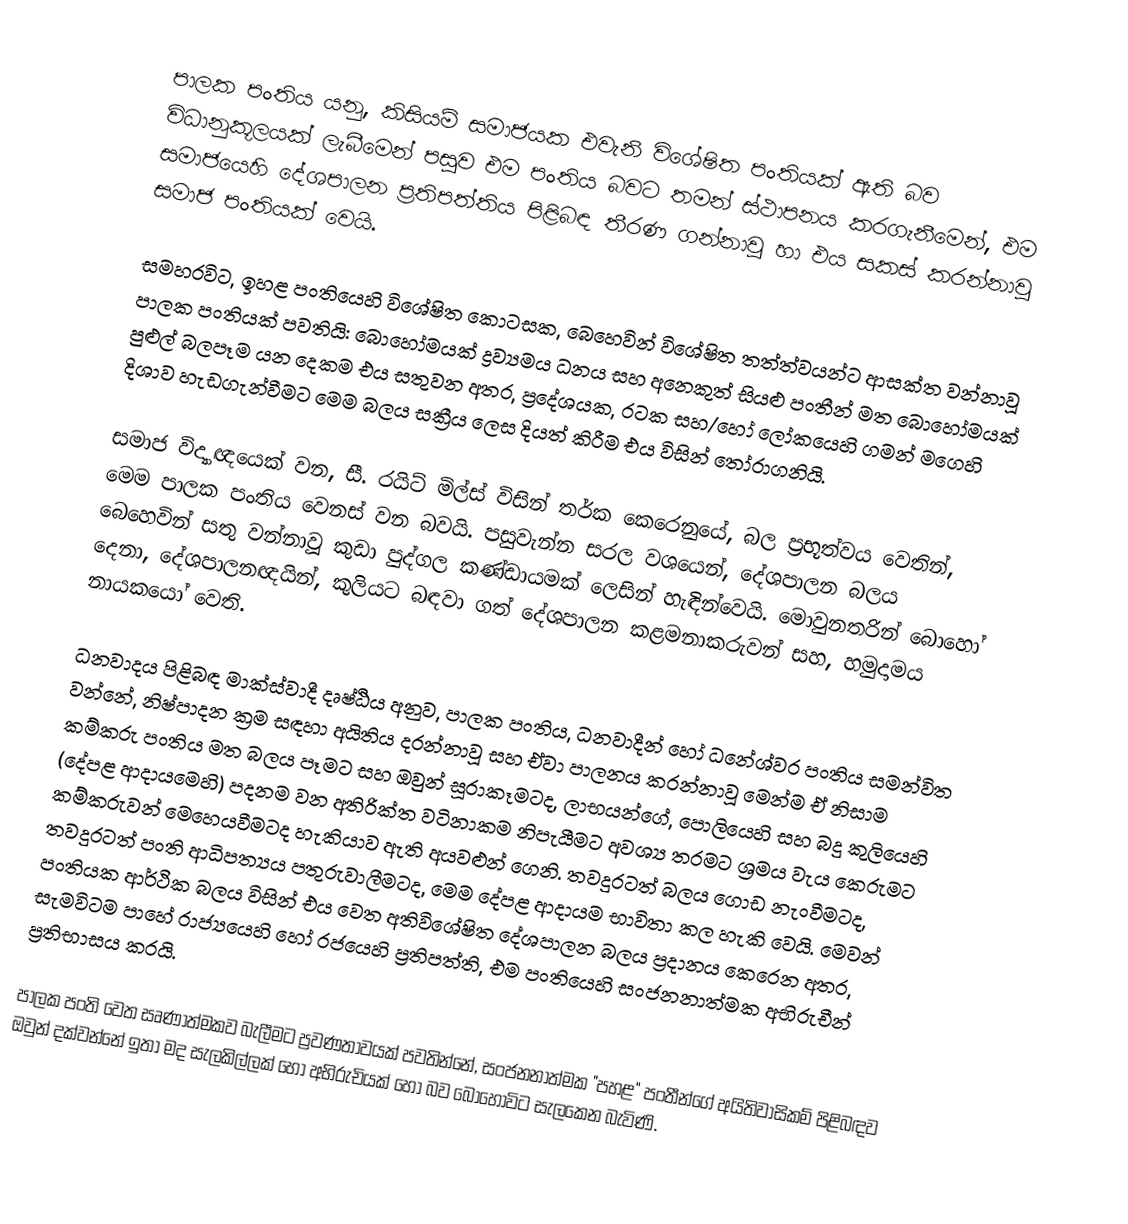
පාලක පංතිය යනු, කිසියම් සමාජයක එවැනි විශේෂිත පංතියක් ඇති බව විධානුකූලයක් ලැබීමෙන් පසුව එම පංතිය බවට තමන් ස්ථාපනය කරගැනීමෙන්, එම සමාජයෙහි දේශපාලන ප්‍රතිපත්තිය පිළිබඳ තීරණ ගන්නාවූ හා එය සකස් කරන්නාවූ  සමාජ පංතියක් වෙයි.

සමහරවිට, ඉහළ පංතියෙහි විශේෂිත කොටසක, බෙහෙවින් විශේෂිත තත්ත්වයන්ට  ආසක්ත වන්නාවූ පාලක පංතියක් පවතියි: බොහෝමයක් ද්‍රව්‍යමය ධනය සහ අනෙකුත් සියළු පංතීන් මත බොහෝමයක් පුළුල් බලපෑම යන දෙකම එය සතුවන අතර, ප්‍රදේශයක, රටක සහ/හෝ ලෝකයෙහි ගමන් මගෙහි දිශාව හැඩගැන්වීමට මෙම බලය සක්‍රීය ලෙස දියත් කිරීම එය විසින් තෝරාගනියි.

සමාජ විද්‍යාඥයෙක් වන, සී. රයිට් මිල්ස් විසින් තර්ක කෙරෙනුයේ, බල ප්‍රභූත්වය වෙතින්, මෙම පාලක පංතිය වෙනස් වන බවයි. පසුවැන්න සරල වශයෙන්, දේශපාලන බලය බෙහෙවින් සතු වන්නාවූ කුඩා පුද්ගල කණ්ඩායමක් ලෙසින් හැඳින්වෙයි. මොවුනතරින් බොහෝ දෙනා, දේශපාලනඥයින්, කුලියට බඳවා ගත් දේශපාලන කළමනාකරුවන් සහ, හමුදාමය නායකයෝ වෙති.

ධනවාදය පිළිබඳ මාක්ස්වාදී දෘෂ්ඨිය අනුව, පාලක පංතිය, ධනවාදීන් හෝ ධනේශ්වර පංතිය සමන්විත වන්නේ, නිෂ්පාදන ක්‍රම සඳහා අයිතිය දරන්නාවූ සහ ඒවා පාලනය කරන්නාවූ මෙන්ම ඒ නිසාම කම්කරු පංතිය මත බලය පෑමට සහ ඔවුන් සූරාකෑමටද, ලාභයන්ගේ, පොලියෙහි සහ බදු කුලියෙහි (දේපළ ආදායමෙහි) පදනම වන අතිරික්ත වටිනාකම නිපැයීමට අවශ්‍ය තරමට ශ්‍රමය වැය කෙරුමට කම්කරුවන් මෙහෙයවීමටද හැකියාව ඇති අයවළුන් ගෙනි. තවදුරටත් බලය ගොඩ නැංවීමටද, තවදුරටත් පංති ආධිපත්‍යය පතුරුවාලීමටද, මෙම දේපළ ආදායම භාවිතා කල හැකි වෙයි. මෙවන් පංතියක ආර්ථික බලය විසින් එය වෙත අතිවිශේෂිත දේශපාලන බලය ප්‍රදානය කෙරෙන අතර,  සැමවිටම පාහේ රාජ්‍යයෙහි හෝ රජයෙහි ප්‍රතිපත්ති, එම පංතියෙහි සංජනනාත්මක අභිරුචීන් ප්‍රතිභාසය කරයි.

පාලක පංති වෙත සෘණාත්මකව බැලීමට ප්‍රවණතාවයක් පවතින්නේ, සංජනනාත්මක "පහළ" පංතීන්ගේ අයිතිවාසිකම් පිළිබඳව ඔවුන් දක්වන්නේ ඉතා මද සැලකිල්ලක් හෝ අභිරුචියක් හෝ බව බොහෝවිට සැලකෙන බැවිණි.